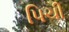
પિચી